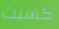
كسبت